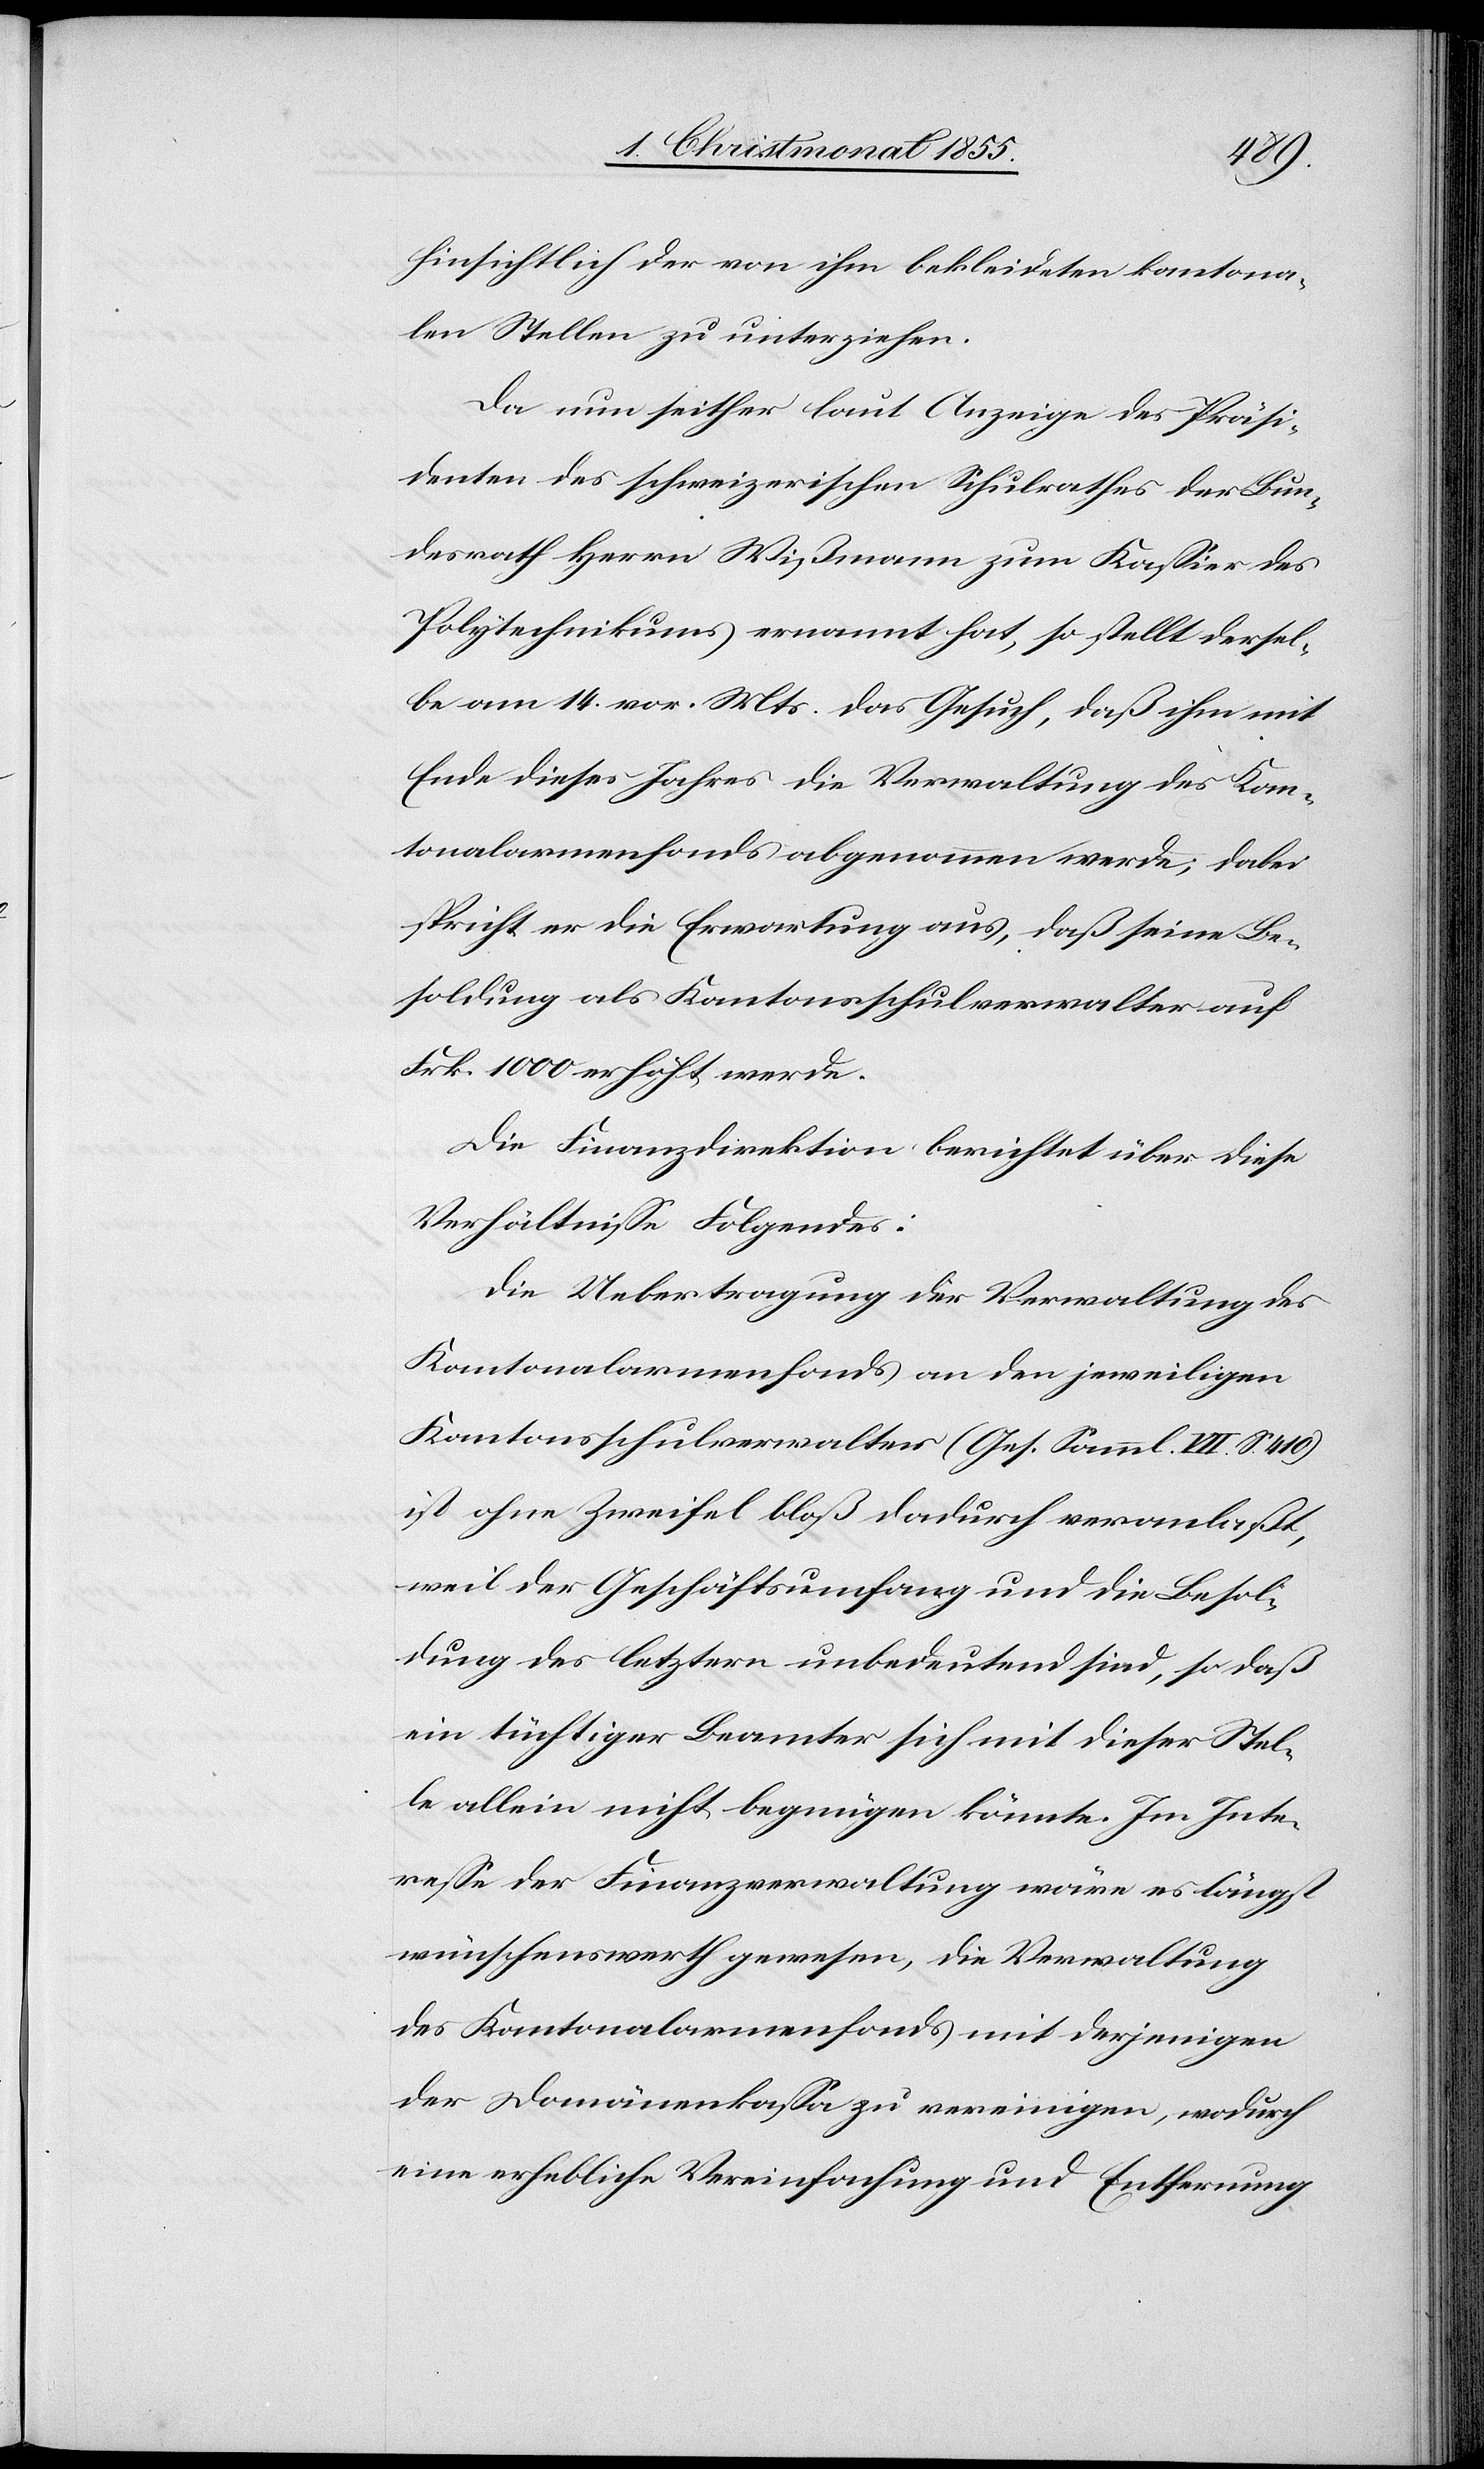
hinsichtlich der von ihm bekleideten kantona¬
len Stellen zu unterziehen.
Da nun seither laut Anzeige des Präsi¬
denten des schweizerischen Schulrathes der Bun¬
desrath Herrn Wißmann zum Kassier des
Polytechnikums ernannt hat, so stellt dersel¬
be am 14. vor. Mts. das Gesuch, daß ihm mit
Ende dieses Jahres die Verwaltung des Kan¬
tonalarmenfonds abgenommen werde; dabei
spricht er die Erwartung aus, daß seine Be¬
soldung als Kantonsschulverwalter auf
Frk. 1000 erhöht werde.
Die Finanzdirektion berichtet über diese
Verhältnisse Folgendes:
Die Uebertragung der Verwaltung des
Kantonalarmenfonds an den jeweiligen
Kantonsschulverwalter (Ges. Samml. VII. S. 410)
ist ohne Zweifel bloß dadurch veranlaßt,
weil der Geschäftsumfang und die Besol¬
dung des letztern unbedeutend sind, so daß
ein tüchtiger Beamter sich mit dieser Stel¬
le allein nicht begnügen könnte. Im Inte¬
resse der Finanzverwaltung wäre es längst
wünschenswerth gewesen, die Verwaltung
des Kantonalarmenfonds mit derjenigen
der Domänenkassa zu vereinigen, wodurch
eine erhebliche Vereinfachung und Entfernung